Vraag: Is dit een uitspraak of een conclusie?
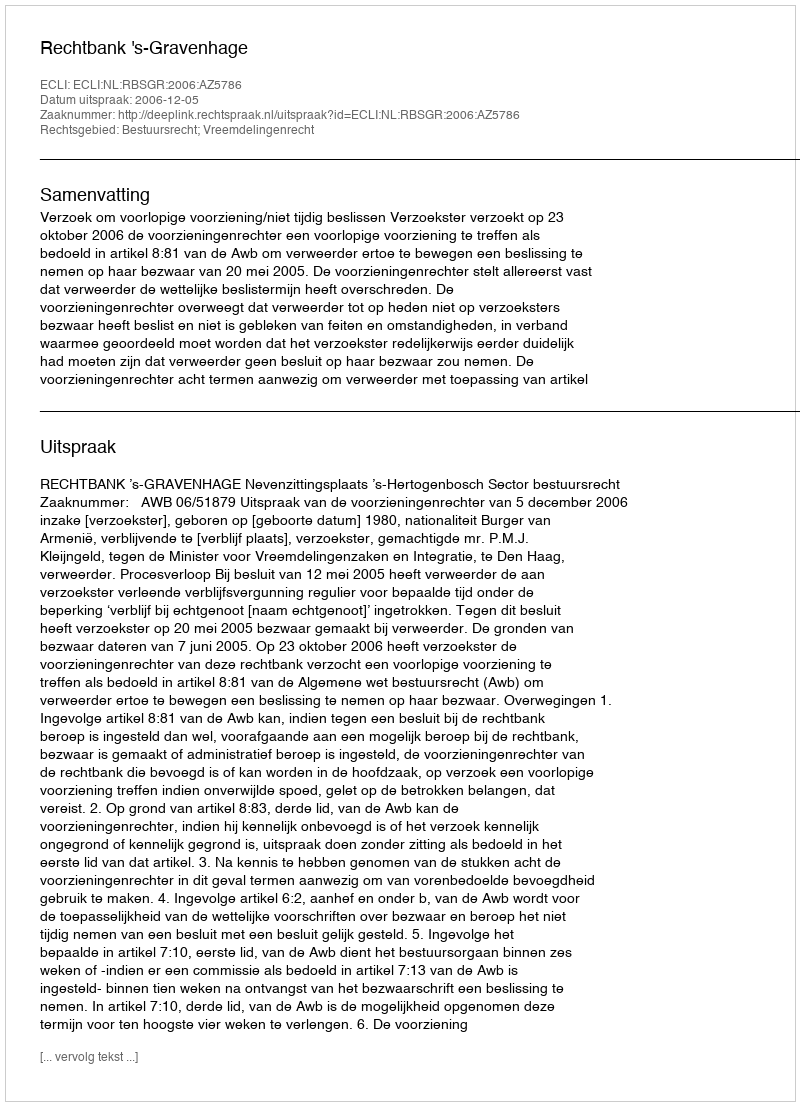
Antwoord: Uitspraak